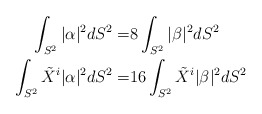
\begin{align*}\int _{S^2} |\alpha|^2 dS^2 =& 8 \int_{S^2} |\beta|^2 dS^2\\\int _{S^2}\tilde X^i |\alpha|^2 dS^2 =& 16 \int_{S^2}\tilde X^i |\beta|^2 dS^2\end{align*}